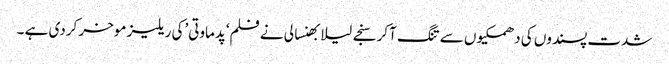
شدت پسندوں کی دھمکیوں سے تنگ آکر سنجے لیلا بھنسالی نے فلم‘پدماوتی’کی ریلیز موخر کردی ہے ۔